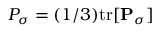
{ \cal P } _ { \sigma } = ( 1 / 3 ) \mathrm { t r } [ { \bf P } _ { \sigma } ]